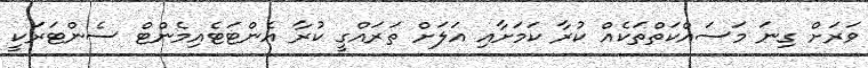
ވަރަށް ގިނަ މަސައްކަތްތަކެއް ކުރާ ކަމަށާއި އަލަށް ތަރައްގީ ކުރާ އެންޓަޓެއިމެންޓް ސެންޓަރަކީ